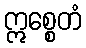
ဣစ္စေတံ